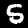
Digit: 5